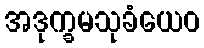
အဒုက္ခမသုခံယေဝ